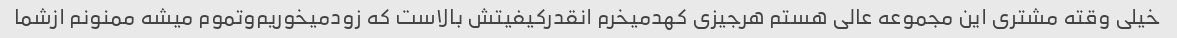
خیلی وقته مشتری این مجموعه عالی هستم هرجیزی کهدمیخرم انقدرکیفیتش بالاست که زودمیخوریم‌وتموم میشه ممنونم ازشما